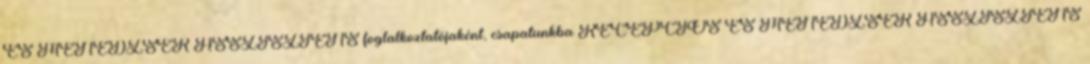
ÉS MENEDZSER ASSZISZTENS foglalkoztatójaként, csapatunkba RECEPCIÓS ÉS MENEDZSER ASSZISZTENS